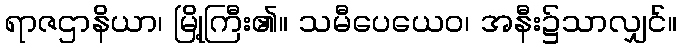
ရာဇဌာနိယာ၊ မြို့ကြီး၏။ သမီပေယေဝ၊ အနီး၌သာလျှင်။